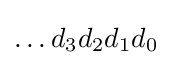
\ldots d_{3}d_{2}d_{1}d_{0}